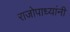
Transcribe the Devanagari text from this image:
राजोपाध्यांनी